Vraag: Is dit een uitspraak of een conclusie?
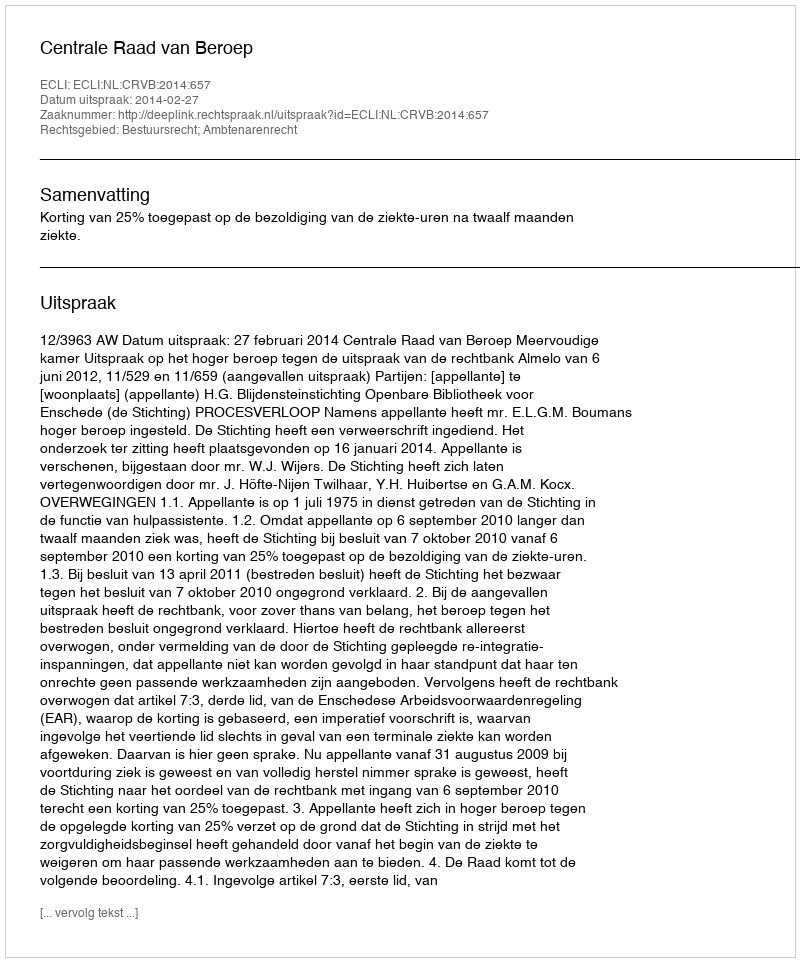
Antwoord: Uitspraak